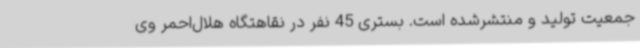
جمعیت تولید و منتشرشده است. بستری 45 نفر در نقاهتگاه هلال‌احمر وی